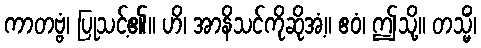
ကာတဗ္ဗံ၊ ပြုသင့်၏။ ဟိ၊ အာနိသင်ကိုဆိုအံ့။ ဧဝံ၊ ဤသို့။ တသ္မိံ၊